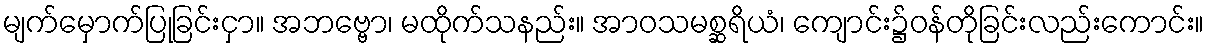
မျက်မှောက်ပြုခြင်းငှာ။ အဘဗ္ဗော၊ မထိုက်သနည်း။ အာဝသမစ္ဆရိယံ၊ ကျောင်း၌ဝန်တိုခြင်းလည်းကောင်း။